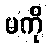
မကို